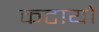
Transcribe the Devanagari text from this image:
कटायो